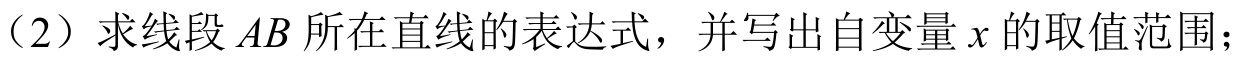
（2）求线段 \(AB\) 所在直线的表达式，并写出自变量 \(x\) 的取值范围；